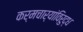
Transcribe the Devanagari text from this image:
कर्मचार्‍यांविरुद्ध